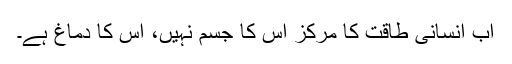
اب انسانی طاقت کا مرکز اس کا جسم نہیں، اس کا دماغ ہے۔